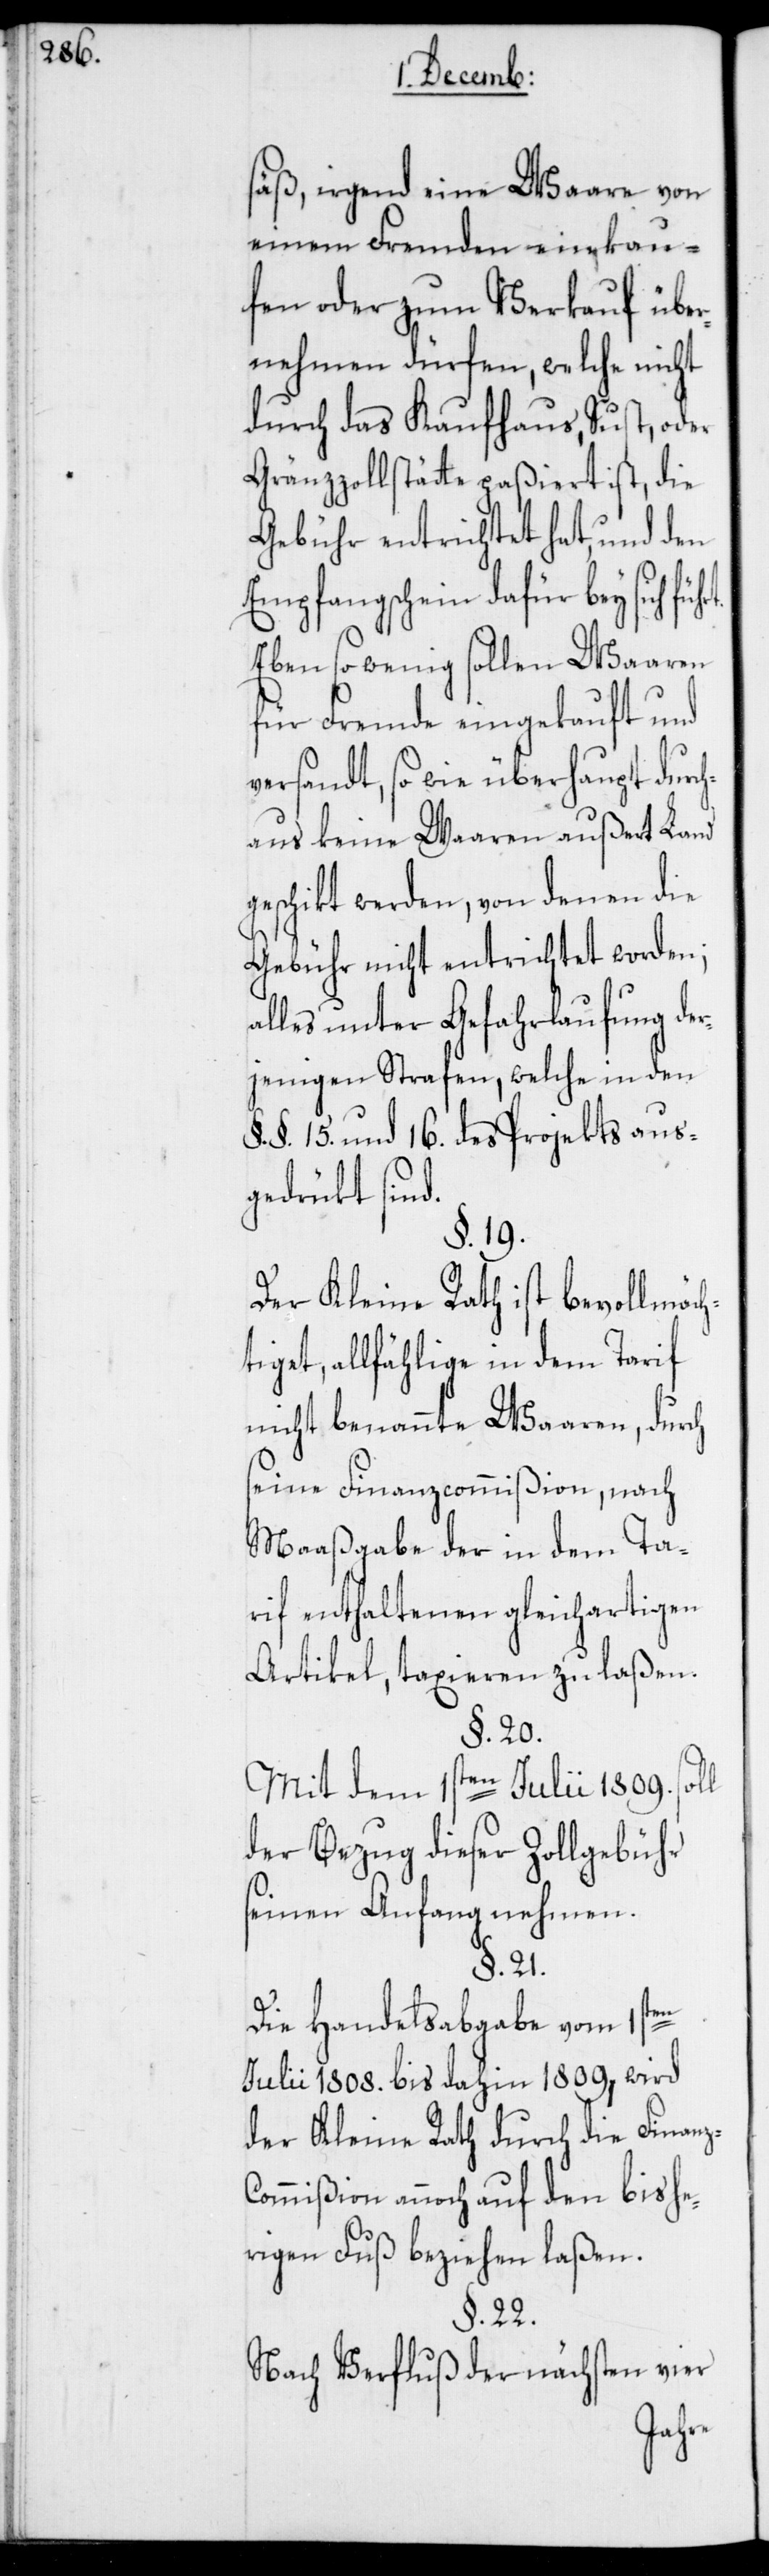
säß, irgend eine Waare von
einem Fremden einkau¬
fen oder zum Verkauf über¬
nehmen dürfen, welche nicht
durch das Kaufhaus, Sust, oder
Gränzzollstätte paßiert ist, die
Gebühr entrichtet hat, und den
Empfangschein dafür bey sich
Eben so wenig sollen Waaren
für Fremde eingekauft und
versandt, so wie überhaupt durch¬
aus keine Waaren außert Land
geschikt werden, von denen die
Gebühr nicht entrichtet worden;
alles unter Gefahrlaufung der¬
jenigen Strafen, welche in den
§. §. 15. und 16. des Projekts aus¬
gedrükt sind.
§. 19.
Der Kleine Rath ist bevollmäch¬
tiget, allfählige in dem Tarif
nicht benannte Waaren, durch
seine Finanzcommißion, nach
Maaßgabe der in dem Ta¬
rif enthaltenen gleichartigen
Artikel, taxieren zu laßen.
§. 20.
Mit dem 1sten Julii 1809. soll
der Bezug dieser Zollgebühr
seinen Anfang nehmen.
§. 21.
Die Handelsabgabe vom 1sten
Julii 1808. bis dahin 1809, wird
der Kleine Rath durch die Finan¬
ommißion annoch auf den bishe¬
rigen Fuß beziehen laßen.
§. 22.
Nach Verfluß der nächsten vier
z-C¬